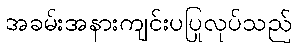
အခမ်းအနားကျင်းပပြုလုပ်သည်